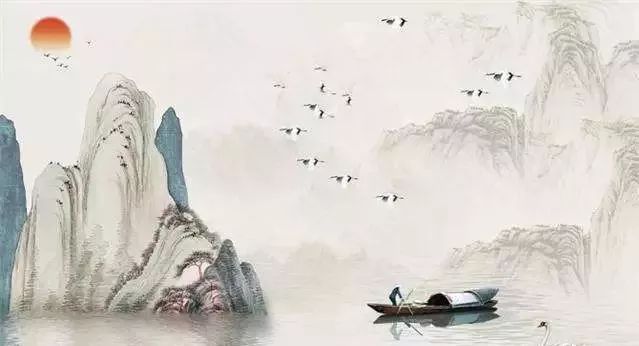
天涯地角有穷时，只有相思无尽处。